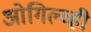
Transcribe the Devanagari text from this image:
ओगिल्व्ही